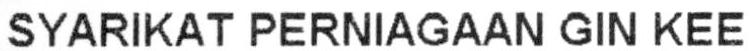
SYARIKAT PERNIAGAAN GIN KEE